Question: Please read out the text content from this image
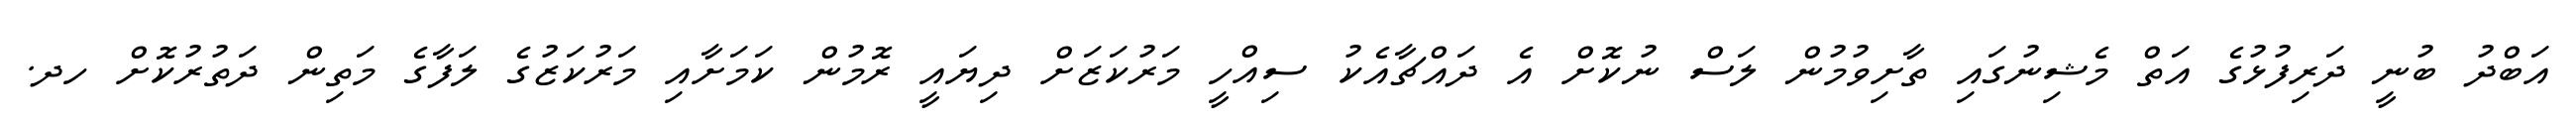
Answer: އަބްދު ބުނީ ދަރިފުޅުގެ އަތް މެޝިނުގައި ތާށިވުމުން ލަސް ނުކޮށް އެ ދައްޗާއެކު ސިއްހީ މަރުކަޒަށް ދިޔައީ ރޮމުން ކަމަށާއި މަރުކަޒުގެ ލަފާގެ މަތިން ދަތުރުކޮށް ހދ.